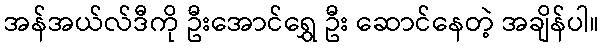
အန်အယ်လ်ဒီကို ဦးအောင်ရွှေ ဦး ဆောင်နေတဲ့ အချိန်ပါ။